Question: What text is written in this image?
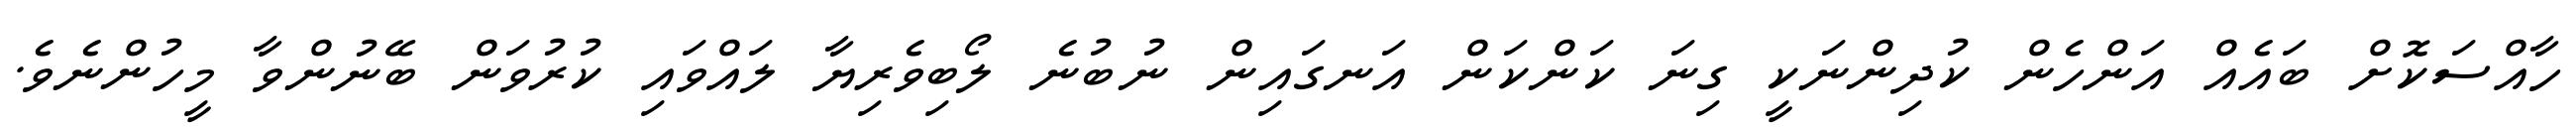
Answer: ހާއްސަކޮށް ބައެއް އަންހެން ކުދިންނަކީ ގިނަ ކަންކަން އަނގައިން ނުބުނެ ލޯބިވެރިޔާ ލައްވައި ކުރުވަން ބޭނުންވާ މީހުންނެވެ.